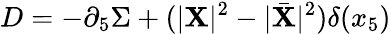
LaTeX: D=-\partial_{5}\Sigma+(|\mathbf{X}|^{2}-|\bar{{\mathbf{X}}}|^{2})\delta(x_{5})